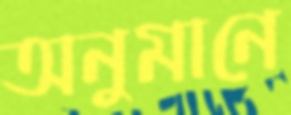
অনুমানে